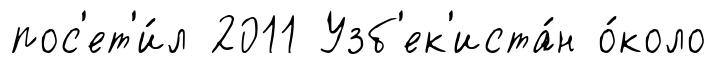
пос'ет'и́л 2011 Узб'ек'иста́н о́коло